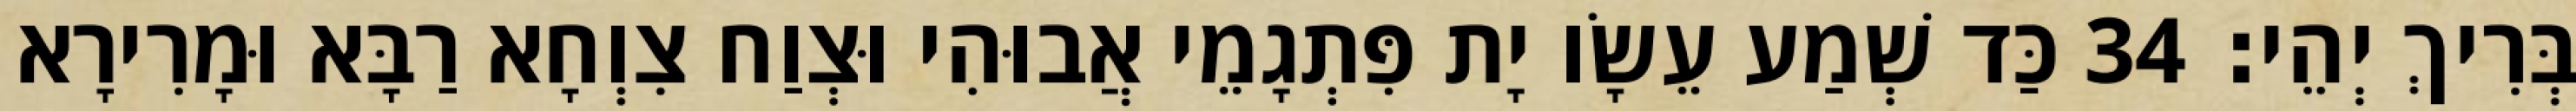
בְּרִיךְ יְהֵי׃ 34 כַּד שְׁמַע עֵשָׂו יָת פִּתְגָמֵי אֲבוּהִי וּצְוַח צִוְחָא רַבָּא וּמָרִירָא